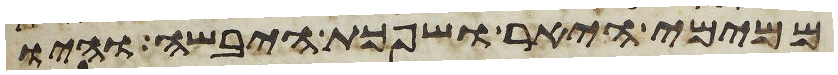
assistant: ממימי היאר ושפכת היבשה והיו